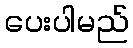
ပေးပါမည်